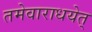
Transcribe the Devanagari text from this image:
तमेवाराधयेत्